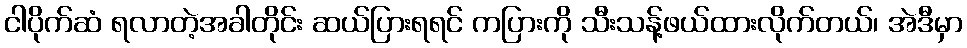
ငါပိုက်ဆံ ရလာတဲ့အခါတိုင်း ဆယ်ပြားရရင် ကပြားကို သီးသန့်ဖယ်ထားလိုက်တယ်၊ အဲဒီမှာ